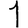
Digit: 1